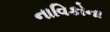
નાવિકોના